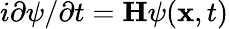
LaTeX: i\partial\psi/\partial t=\mathbf{H}\psi(\mathbf{x},t)